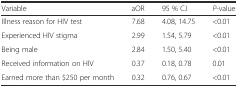
| Variable | aOR | 95 % C.I | P-value |
 | --- | --- | --- | --- |
 | Illness reason for HIV test | 7.68 | 4.08, 14.75 | <0.01 |
 | Experienced HIV stigma | 2.99 | 1.54, 5.79 | <0.01 |
 | Being male | 2.84 | 1.50, 5.40 | <0.01 |
 | Received information on HIV | 0.37 | 0.18, 0.78 | 0.01 |
 | Earned more than $250 per month | 0.32 | 0.76, 0.67 | <0.01 |